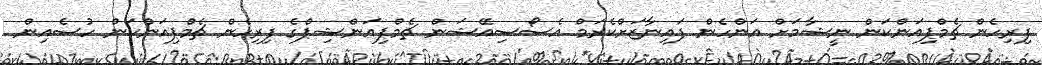
ފިރިހެން ޗެމްޕިއަންކަން ނީޝާމަށް އަންހެން ފައިނާޒަށްކެރަމް އެސޯސިއޭޝަން ޗެމްޕިއަންޝިޕްގެ ފިރިހެން ޗެމްޕިއަންކަން ހުސެއިން